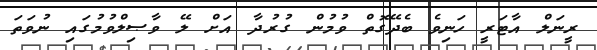
ރީނަލް އާޓަރީ ހަނިވެ ބެދޭގޮތް ވުމުން ގުރުދާ އަށް ލޭ ވާޞިލްވުމުގައި ނުވަތަ